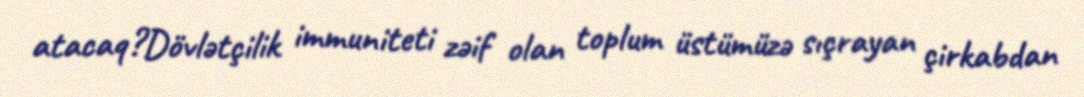
atacaq?Dövlətçilik immuniteti zəif olan toplum üstümüzə sıçrayan çirkabdan